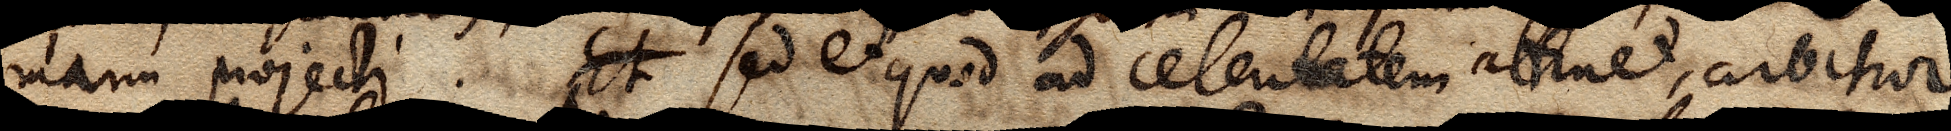
manu projecti. . Et Sed et quod ad celeritatem attinet, arbitror